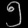
Digit: ၅